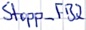
Text: Stopp_FB2